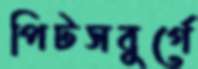
পিটসবুর্গে